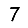
Digit: 7